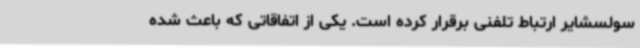
سولسشایر ارتباط تلفنی برقرار کرده است. یکی از اتفاقاتی که باعث شده